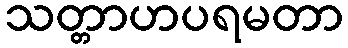
သတ္တာဟပရမတာ